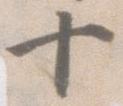
十